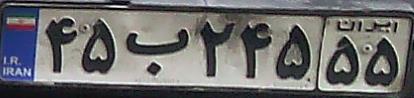
۴۵ب۲۴۵۵۵